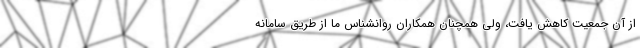
از آن جمعیت کاهش یافت، ولی همچنان همکاران روانشناس ما از طریق سامانه